Annual administration report of the Civil Veterinary Department of India - 1897-1898
Year: 1897
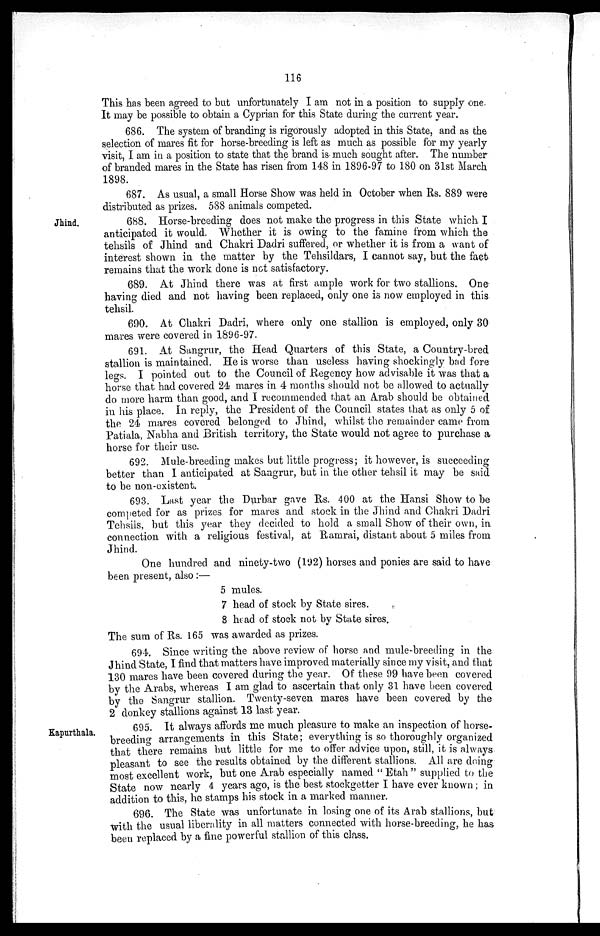
116
This has been agreed to but unfortunately I am not in a position to supply one.
It may be possible to obtain a Cyprian for this State during the current year.
686. The system of branding is rigorously adopted in this State, and as the
selection of mares fit for horse-breeding is left as much as possible for my yearly
visit, I am in a position to state that the brand is much sought after. The number
of branded mares in the State has risen from 148 in 1896-97 to 180 on 31st March
1898.
687. As usual, a small Horse Show was held in October when Rs. 889 were
distributed as prizes. 588 animals competed.
Jhind.
688. Horse-breeding does not make the progress in this State which I
anticipated it would. Whether it is owing to the famine from which the
tehsils of Jhind and Chakri Dadri suffered, or whether it is from a want of
interest shown in the matter by the Tehsildars, I cannot say, but the fact
remains that the work done is not satisfactory.
689. At Jhind there was at first ample work for two stallions. One
having died and not having been replaced, only one is now employed in this
tehsil.
690. At Chakri Dadri, where only one stallion is employed, only 30
mares were covered in 1896-97.
691. At Sangrur, the Head Quarters of this State, a Country-bred
stallion is maintained. He is worse than useless having shockingly bad fore
legs. I pointed out to the Council of Regency how advisable it was that a
horse that had covered 24 mares in 4 months should not be allowed to actually
do more harm than good, and I recommended that an Arab should be obtained
in his place. In reply, the President of the Council states that as only 5 of
the 24 mares covered belonged to Jhind, whilst the remainder came from
Patiala, Nabha and British territory, the State would not agree to purchase a
horse for their use.
692. Mule-breeding makes but little progress; it however, is succeeding
better than I anticipated at Sangrur, but in the other tehsil it may be said
to be non-existent.
693. Last year the Durbar gave Rs. 400 at the Hansi Show to be
competed for as prizes for mares and stock in the Jhind and Chakri Dadri
Tehsils, but this year they decided to hold a small Show of their own, in
connection with a religious festival, at Ramrai, distant about 5 miles from
Jhind.
One hundred and ninety-two (192) horses and ponies are said to have
been present, also :—
5
7
8
mules.
head of stock by State sires.
head of stock not by State sires.
The sum of Rs. 165 was awarded as prizes.
694. Since writing the above review of horse and mule-breeding in the
Jhind State, I find that matters have improved materially since my visit, and that
130 mares have been covered during the year. Of these 99 have been covered
by the Arabs, whereas I am glad to ascertain that only 31 have been covered
by the Sangrur stallion. Twenty-seven mares have been covered by the
2 donkey stallions against 13 last year.
Kapurthala.
695. It always affords me much pleasure to make an inspection of horse-
breeding arrangements in this State; everything is so thoroughly organized
that there remains hut little for me to offer advice upon, still, it is always
pleasant to see the results obtained by the different stallions. All are doing
most excellent work, but one Arab especially named "Etah" supplied to the
State now nearly 4 years ago, is the best stockgetter I have ever known; in
addition to this, he stamps his stock in a marked manner.
696. The State was unfortunate in losing one of its Arab stallions, but
with the usual liberality in all matters connected with horse-breeding, he has
been replaced by a fine powerful stallion of this class.